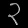
Digit: ၃